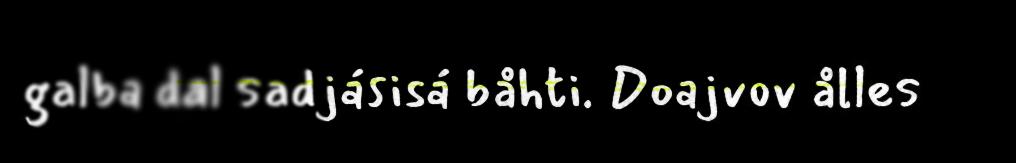
galba dal sadjásisá båhti. Doajvov ålles